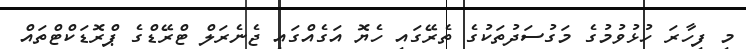
މި ފިހާރަ ހުޅުވުމުގެ މަގުސަދުތަކުގެ ތެރޭގައި ހެޔޮ އަގެއްގައި ޖެނެރަލް ޓްރޭޑްގެ ޕްރޮޑަކްޓްތައް